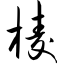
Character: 棱